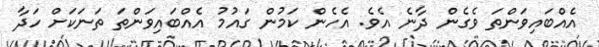
އެއްބައިވަންތަ ވެގެން ދާނެ އެވެ. އެހެން ކަމުން ގައުމު އެއްބައިވަންތަ ތަނަކަށް ހަދާ